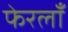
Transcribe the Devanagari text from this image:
फेरलाँ